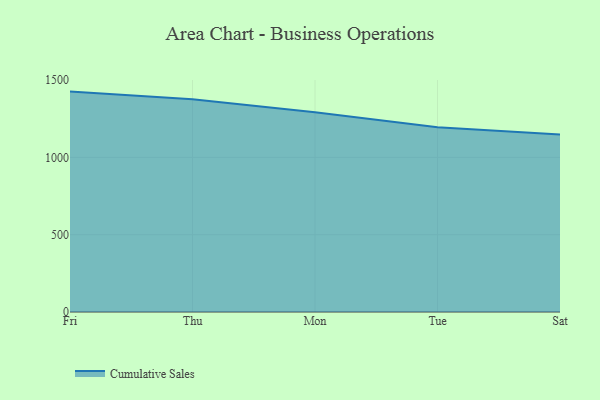
{"axis": {"x": "Day", "y": "Inventory Turnover"}, "legend": ["Cumulative Sales"], "data": [{"x": "Fri", "y": 1425.5, "type": "Cumulative Sales"}, {"x": "Thu", "y": 1376.0, "type": "Cumulative Sales"}, {"x": "Mon", "y": 1292.2, "type": "Cumulative Sales"}, {"x": "Tue", "y": 1195.1, "type": "Cumulative Sales"}, {"x": "Sat", "y": 1148.1, "type": "Cumulative Sales"}]}